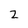
Character: 2